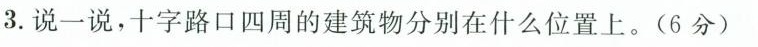
3.说一说，十字路口四周的建筑物分别在什么位置上。(6分)